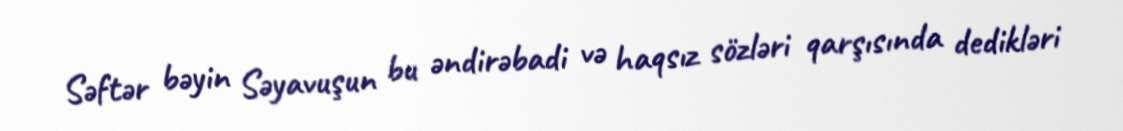
Səftər bəyin Səyavuşun bu əndirəbadi və haqsız sözləri qarşısında dedikləri